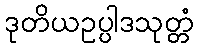
ဒုတိယဥပ္ပါဒသုတ္တံ